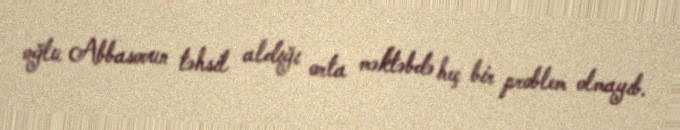
oğlu Abbasovun təhsil aldığı orta məktəbdə heç bir problem olmayıb.